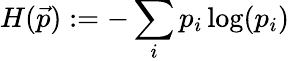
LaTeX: H(\vec{p}):=-\sum_{i}p_{i}\log(p_{i})